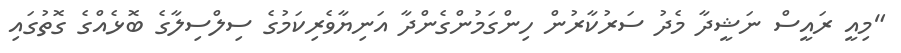
"މިއީ ރައީސް ނަޝީދާ މެދު ސަރުކާރުން ހިންގަމުންގެންދާ އަނިޔާވެރިކަމުގެ ސިލްސިލާގެ ބޮޅެއްގެ ގޮތުގައި